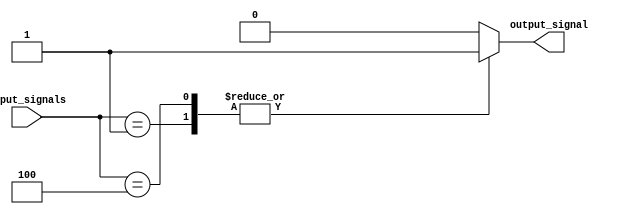
module priority_case_statement (
   input [3:0] input_signals,
   output reg output_signal
);
  
always @(input_signals)
begin
   output_signal = 0;
   case(input_signals)
      4'b0001: output_signal = 1;
      4'b0010: output_signal = 2;
      4'b0100: output_signal = 3;
      default: output_signal = 0;
   endcase
end
endmodule